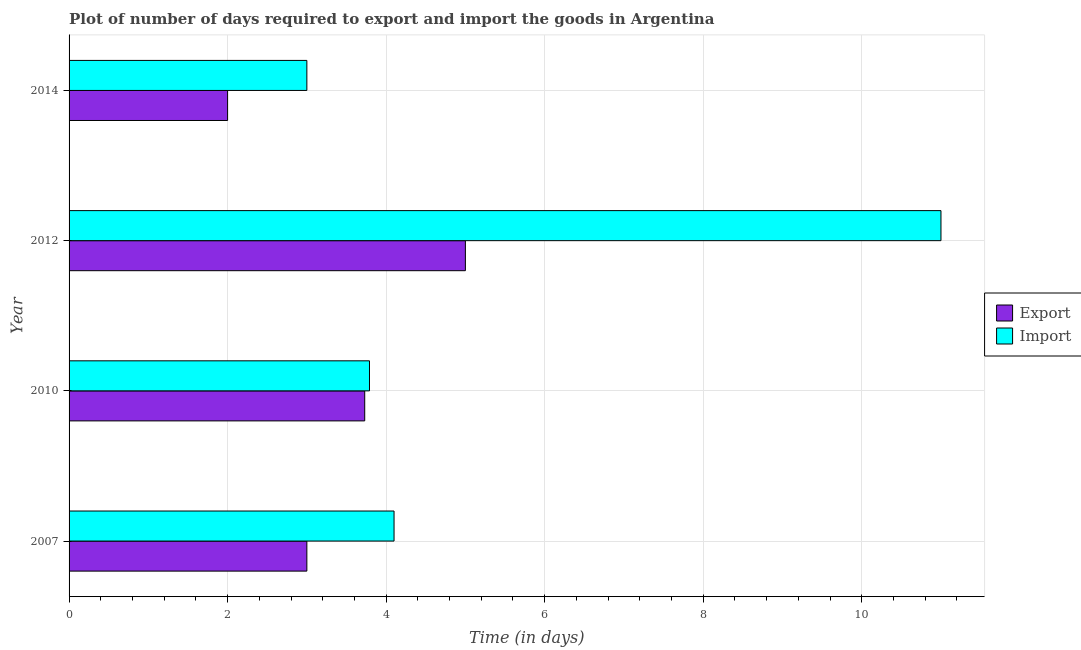
| Year | Export | Import |
 | --- | --- | --- |
 | 2007 | 3 | 4.1 |
 | 2010 | 3.73 | 3.79 |
 | 2012 | 5 | 11 |
 | 2014 | 2 | 3 |